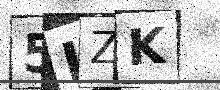
Text: 5IZK